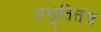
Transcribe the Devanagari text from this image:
प्रसूतितंत्र